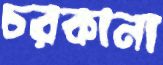
চরকানা